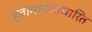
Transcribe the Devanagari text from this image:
हवामानआधारित